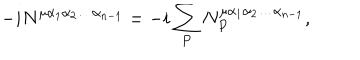
LaTeX: - i N ^ { \mu \alpha _ { 1 } \alpha _ { 2 } \ldots \alpha _ { n - 1 } } = - i \sum _ { P } N _ { P } ^ { \mu \alpha _ { 1 } \alpha _ { 2 } \ldots \alpha _ { n - 1 } } ,